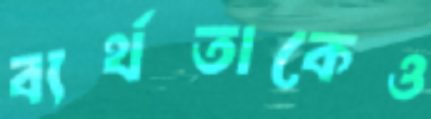
ব্যর্থতাকেও